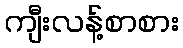
ကျီးလန့်စာစား